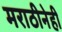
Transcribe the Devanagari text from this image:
मराठीनेही